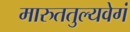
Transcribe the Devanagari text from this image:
मारुततुल्यवेगं